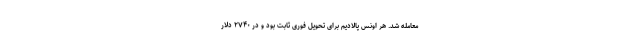
معامله شد. هر اونس پالادیم برای تحویل فوری ثابت بود و در ۲۷۴۰ دلار